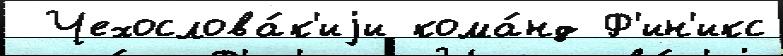
 Чехослова́к'иjи кома́нд Ф'ин'икс